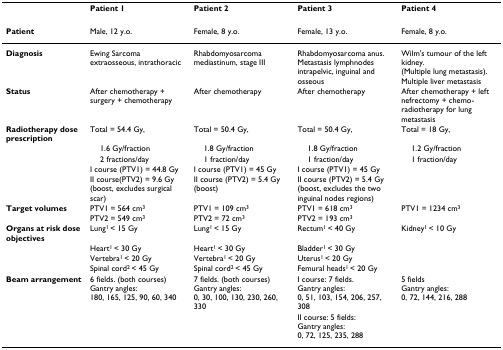
|  | Patient 1 | Patient 2 | Patient 3 | Patient 4 |
 | --- | --- | --- | --- | --- |
 | Patient | Male, 12 y.o. | Female, 8 y.o. | Female, 13 y.o. | Female, 8 y.o. |
 | Diagnosis | Ewing Sarcoma extraosseous, intrathoracic | Rhabdomyosarcoma mediastinum, stage III | Rhabdomyosarcoma anus.Metastasis lymphnodes intrapelvic, inguinal and osseous | Wilm's tumour of the left kidney.(Multiple lung metastasis).Multiple liver metastasis |
 | Status | After chemotherapy + surgery + chemotherapy | After chemotherapy | After chemotherapy | After chemotherapy + left nefrectomy + chemo-radiotherapy for lung metastasis |
 | Radiotherapy dose prescription | Total = 54.4 Gy, | Total = 50.4 Gy, | Total = 50.4 Gy, | Total = 18 Gy, |
 |  | 1.6 Gy/fraction | 1.8 Gy/fraction | 1.8 Gy/fraction | 1.2 Gy/fraction |
 |  | 2 fractions/day | 1 fraction/day | 1 fraction/day | 1 fraction/day |
 |  | I course (PTV1) = 44.8 Gy | I course (PTV1) = 45 Gy | I course (PTV1) = 45 Gy |  |
 |  | II course(PTV2) = 9.6 Gy (boost, excludes surgical scar) | II course (PTV2) = 5.4 Gy (boost) | II course (PTV2) = 5.4 Gy (boost, excludes the two inguinal nodes regions) |  |
 | Target volumes | PTV1 = 564 cm3 | PTV1 = 109 cm3 | PTV1 = 618 cm3 | PTV1 = 1234 cm3 |
 |  | PTV2 = 549 cm3 | PTV2 = 72 cm3 | PTV2 = 193 cm3 |  |
 | Organs at risk dose objectives | Lung1 < 15 Gy | Lung1 < 15 Gy | Rectum1 < 40 Gy | Kidney1 < 10 Gy |
 |  | Heart1 < 30 Gy | Heart1 < 30 Gy | Bladder1 < 30 Gy |  |
 |  | Vertebra1 < 20 Gy | Vertebra1 < 20 Gy | Uterus1 < 20 Gy |  |
 |  | Spinal cord2 < 45 Gy | Spinal cord2 < 45 Gy | Femural heads1 < 20 Gy |  |
 | Beam arrangement | 6 fields. (both courses)Gantry angles:180, 165, 125, 90, 60, 340 | 7 fields. (both courses)Gantry angles:0, 30, 100, 130, 230, 260, 330 | I course: 7 fields.Gantry angles:0, 51, 103, 154, 206, 257, 308 | 5 fieldsGantry angles:0, 72, 144, 216, 288 |
 |  |  |  | II course: 5 fields:Gantry angles:0, 72, 125, 235, 288 |  |